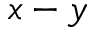
x - y